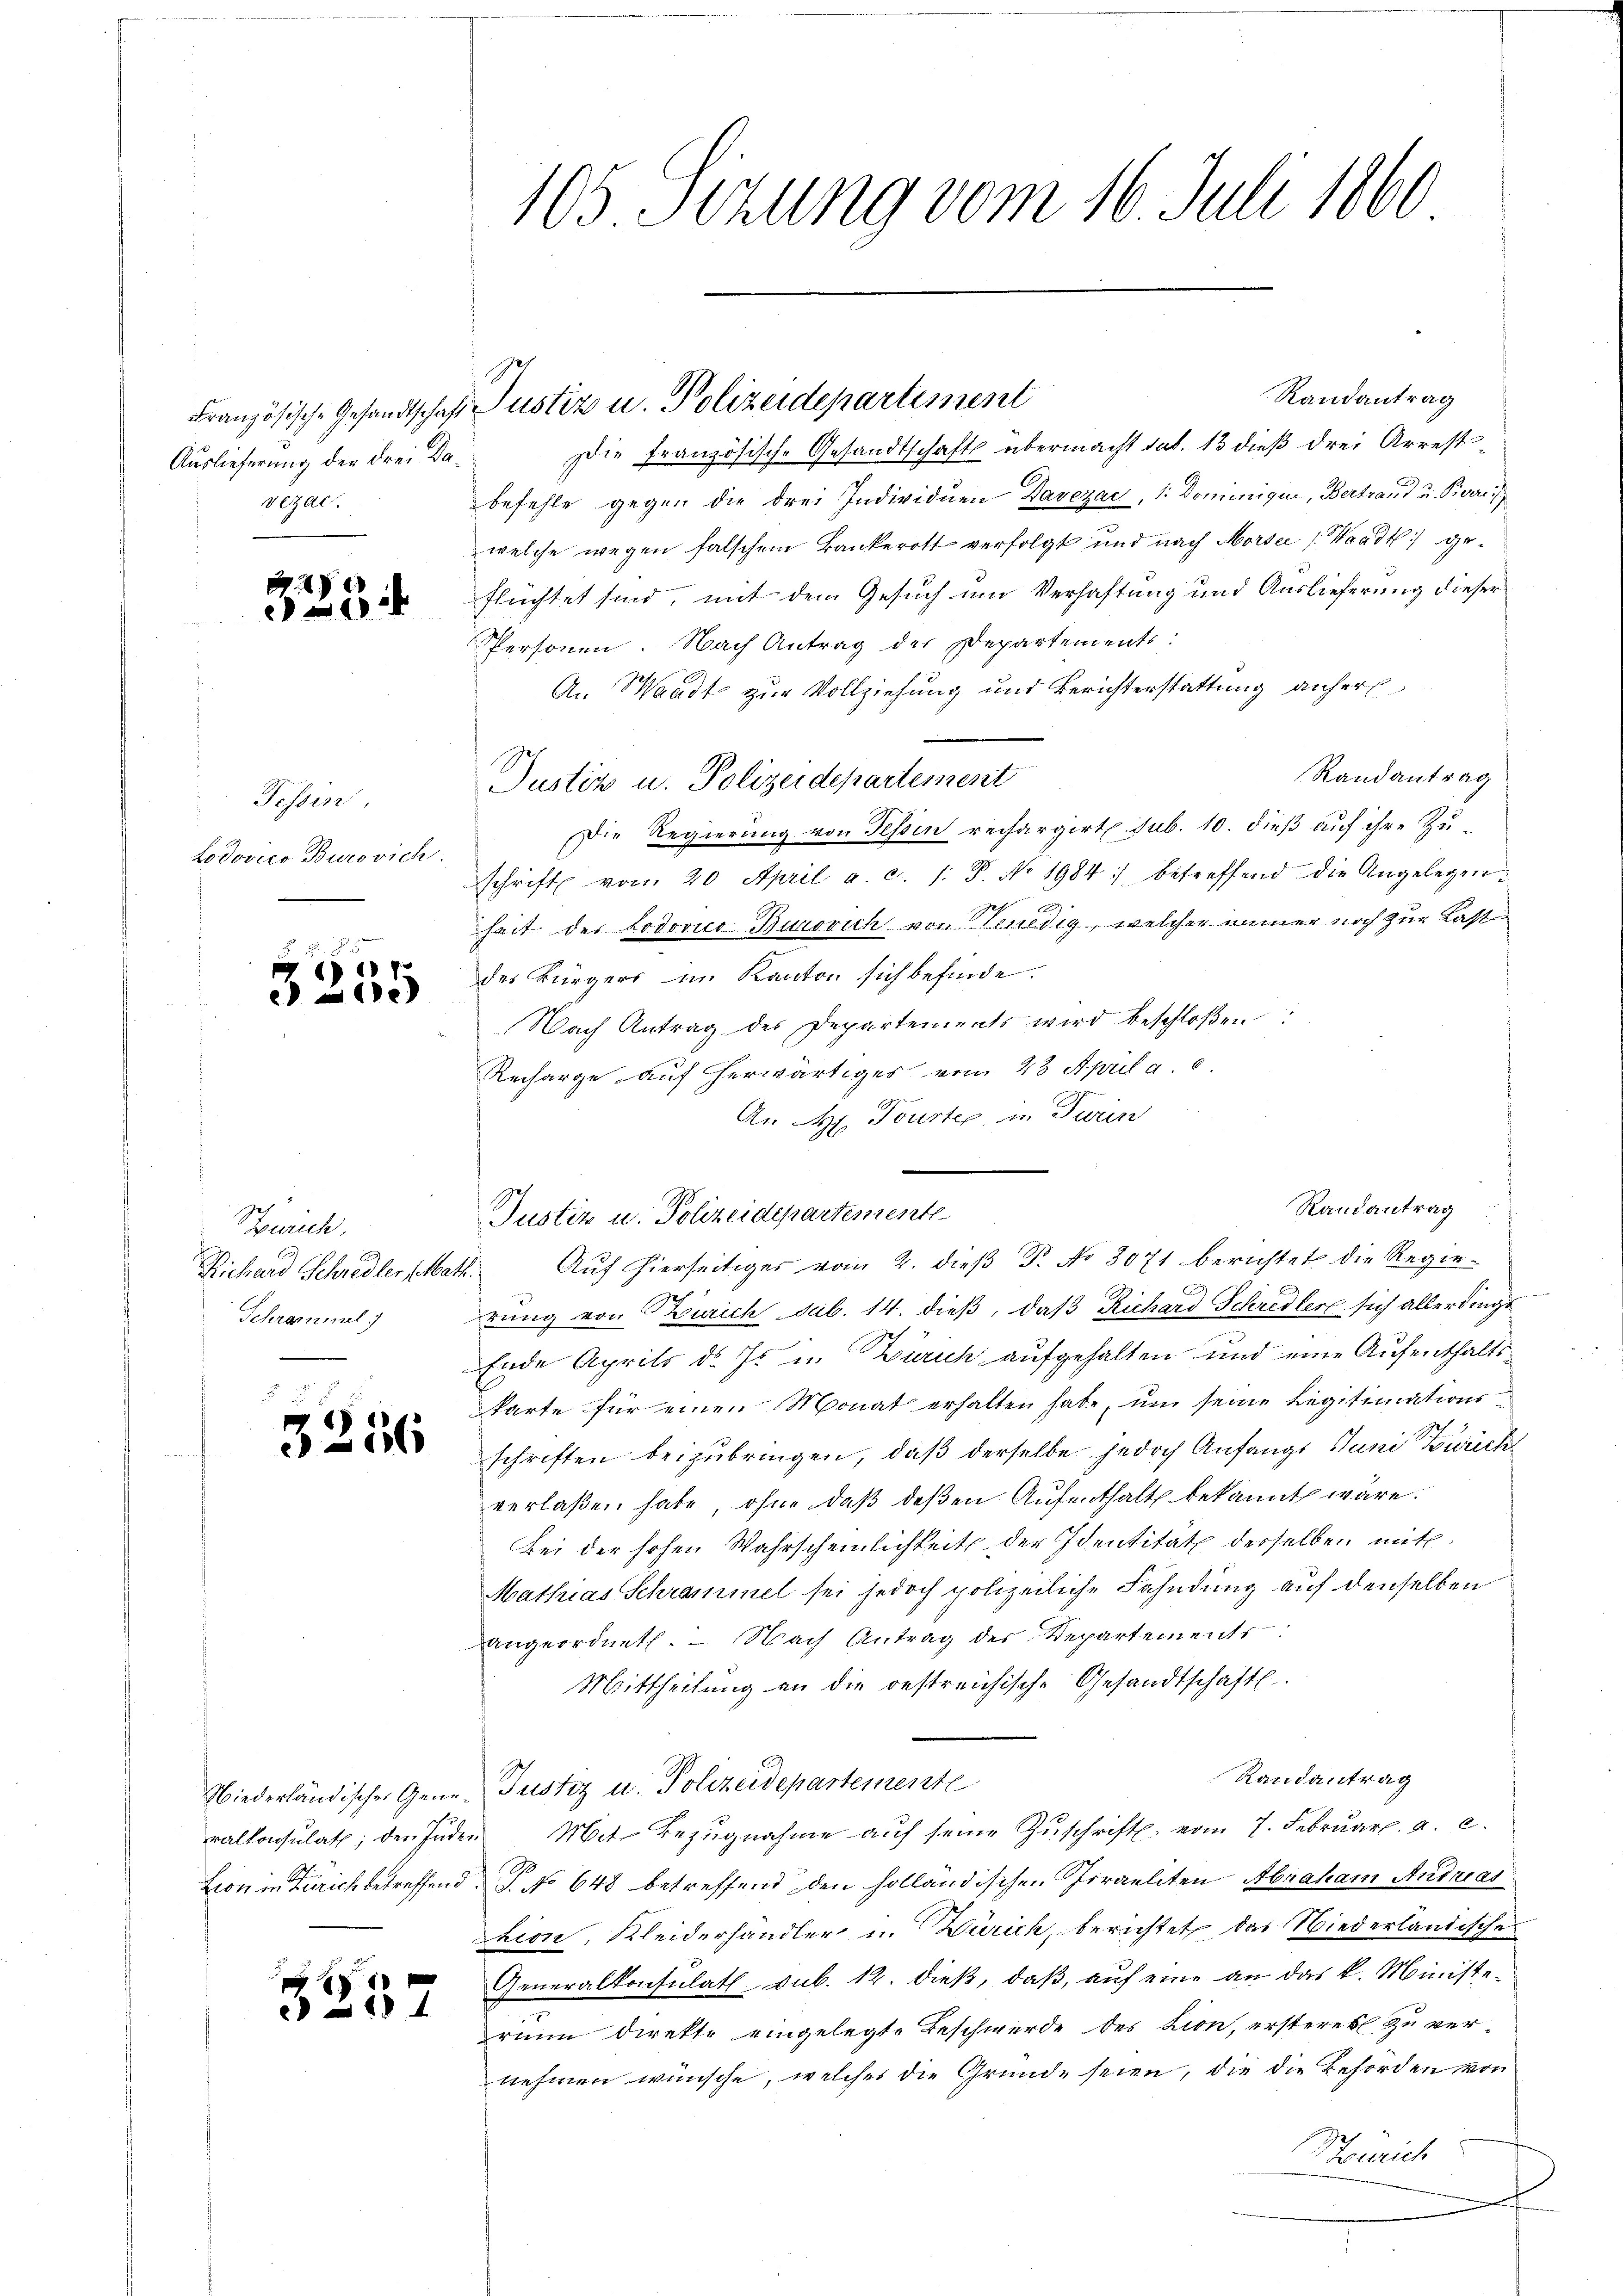
Auslieferung der drei Davezal

2
:

Fessen,
Lodovico Burovich:

d 7.
e

Zürich,
Richard Schredler Mar
Schrammel

3

26

Niederländischer Generalkonsulath; den Jude
Lion in Zürich betreffend

1

n

105 Sizung vom 16. Juli 1860

Französische Gesandtschaft Justiz u. Polizeidepartement

Randantrag
Die französische Gesandtschafts übermacht sub. 13 dieß drei Arrest
befehle gegen die drei Individuen Davezac, 1: Dominique, Bertrau u. Pierrei
welche wegen falschem Bankerott verfolgt und nach Morsee (Waadt geflüchtet sind, mit dem Gesuch um Verhaftung und Auslieferung dieser
Personen. Nach Antrag der Departements:
An Waadt zur Vollziehung und Berichterstattung anherl
Randantrag
Justiz u. Polizeidepartement
Die Regierung von Tessin rechargirt sub. 10. dieß auf ihre Zuschrift von 20 April a. c. /: P. No. 1984. betreffend die Angelegen
A
heit des Lodovico Burovich von Tenedig, welcher immer noch zur Last
des Bürgers im Kanton sich befinde.
Nach Antrag der Departements wird beschloßen:
Recharge auf herwärtiges vom 23. April a
An H. Tourter, in Twin
 Aŭf hierseitiger vom 2. dieβ T. No 3071 berichtet die Regierung von Zürich sub. 14. dieß, daß Richard Schredler sich allerdingt
Ende Aprils d. J. in Zürich aufgehalten und eine Aufenthaltskarte für einen Monat erhalten habe, um seine Legitimationsschriften beizubringen, daß derselbe jedoch Anfangs Juni Zwick
verlaßen habe, ohne daß deßen Aufenthalt bekannt wäre.
Bei der hohen Wahrscheinlichkeit der Identität desselben mit.
Mathias Schrammel sei jedoch polizeiliche Fahndung auf denselben
angeordnet. - Nach Antrag des Departements
Mittheilung an die bestreichische Gesandtschaftl
Randantrag
Justiz u. Polizeidepartemente
Mit Bezugnahme auf seine Zuschrift vom 7. Februar. a. c.
 No 648 betreffend den holländischen Israeliten Abraham Andreas
Lion, Kleiderhandler u. Zürich, berichtet, das Wiederländische
Generalkonsulat, sub. 12. dieß, daß, auf eine an das k. Ministerunn direkte eingelegte Beschwerde des Lion, ersteres zu vernehmen wünsche, welches die Grunde seien, die die Behörden von
Henrich

Justiz u. Polizeidepartemente

Randantrag